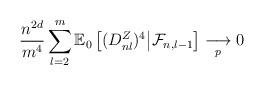
LaTeX: \begin{align*} \frac{n^{2d }}{m^4}\sum_{l = 2}^m \mathbb{E}_0\left[(D^Z_{nl})^4 \middle| \mathcal{F}_{n, l- 1}\right] \underset{p}{\longrightarrow } 0 \end{align*}